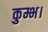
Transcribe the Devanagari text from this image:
कुम्भ।